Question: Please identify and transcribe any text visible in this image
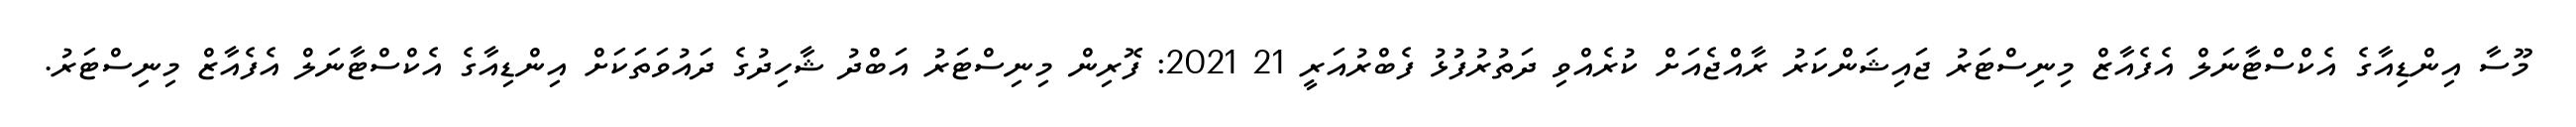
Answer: މޫސާ އިންޑިއާގެ އެކްސްޓާނަލް އެފެއާޒް މިނިސްޓަރު ޖައިޝަންކަރު ރާއްޖެއަށް ކުރެއްވި ދަތުރުފުޅު ފެބްރުއަރީ 21 2021: ފޮރިން މިނިސްޓަރު އަބްދު ޝާހިދުގެ ދައުވަތަކަށް އިންޑިއާގެ އެކްސްޓާނަލް އެފެއާޒް މިނިސްޓަރު.